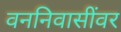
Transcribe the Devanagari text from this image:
वननिवासींवर